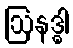
ဩနဒ္ဓါ